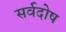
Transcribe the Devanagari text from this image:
सर्वदोष